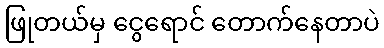
ဖြုတယ်မှ ငွေရောင် တောက်နေတာပဲ